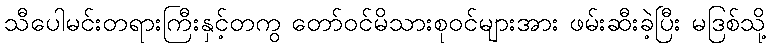
သီပေါမင်းတရားကြီးနှင့်တကွ တော်ဝင်မိသားစုဝင်များအား ဖမ်းဆီးခဲ့ပြီး မဒြစ်သို့